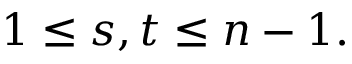
1 \leq s , t \leq n - 1 .